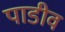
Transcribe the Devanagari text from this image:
पाडीव